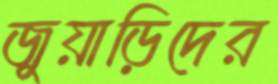
জুয়াড়িদের